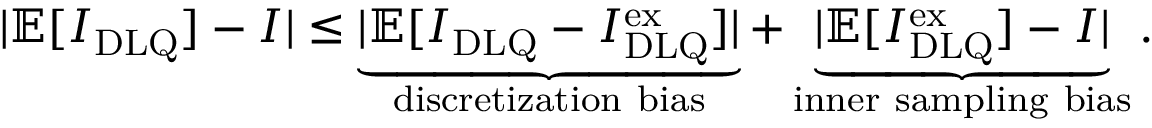
| \mathbb { E } [ I _ { \mathrm { { D L Q } } } ] - I | \leq \underbrace { | \mathbb { E } [ I _ { \mathrm { D L Q } } - I _ { \mathrm { { D L Q } } } ^ { \mathrm { e x } } ] | } _ { \mathrm { d i s c r e t i z a t i o n ~ b i a s } } + \underbrace { | \mathbb { E } [ I _ { \mathrm { { D L Q } } } ^ { \mathrm { e x } } ] - I | } _ { \mathrm { i n n e r ~ s a m p l i n g ~ b i a s } } .